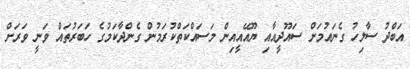
އަބްދު ސާލިހު ގެނައުމަށް ސައޫދީއާއި ޔޫއޭއީއިން މަސައްކަތްކުރަމުން ގެންދާކަމުގެ ހަބަރުތައް ވަނީ ވަރަށް